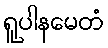
ရူပါနမေတံ